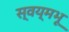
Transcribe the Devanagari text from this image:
स्वय्मभू